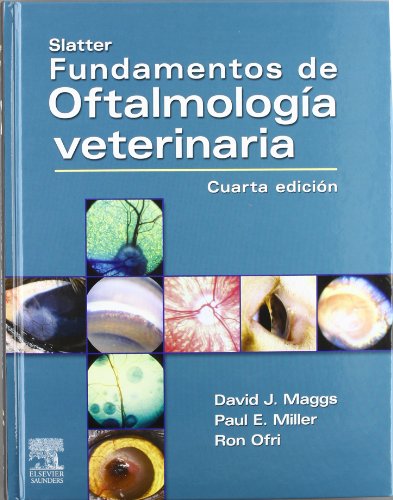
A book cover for Slatter, Fundamentos de OftalmologÃ­a veterinaria, 4e (Spanish Edition); David Maggs BVSc(Hons)  DAVCO; Medical Books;